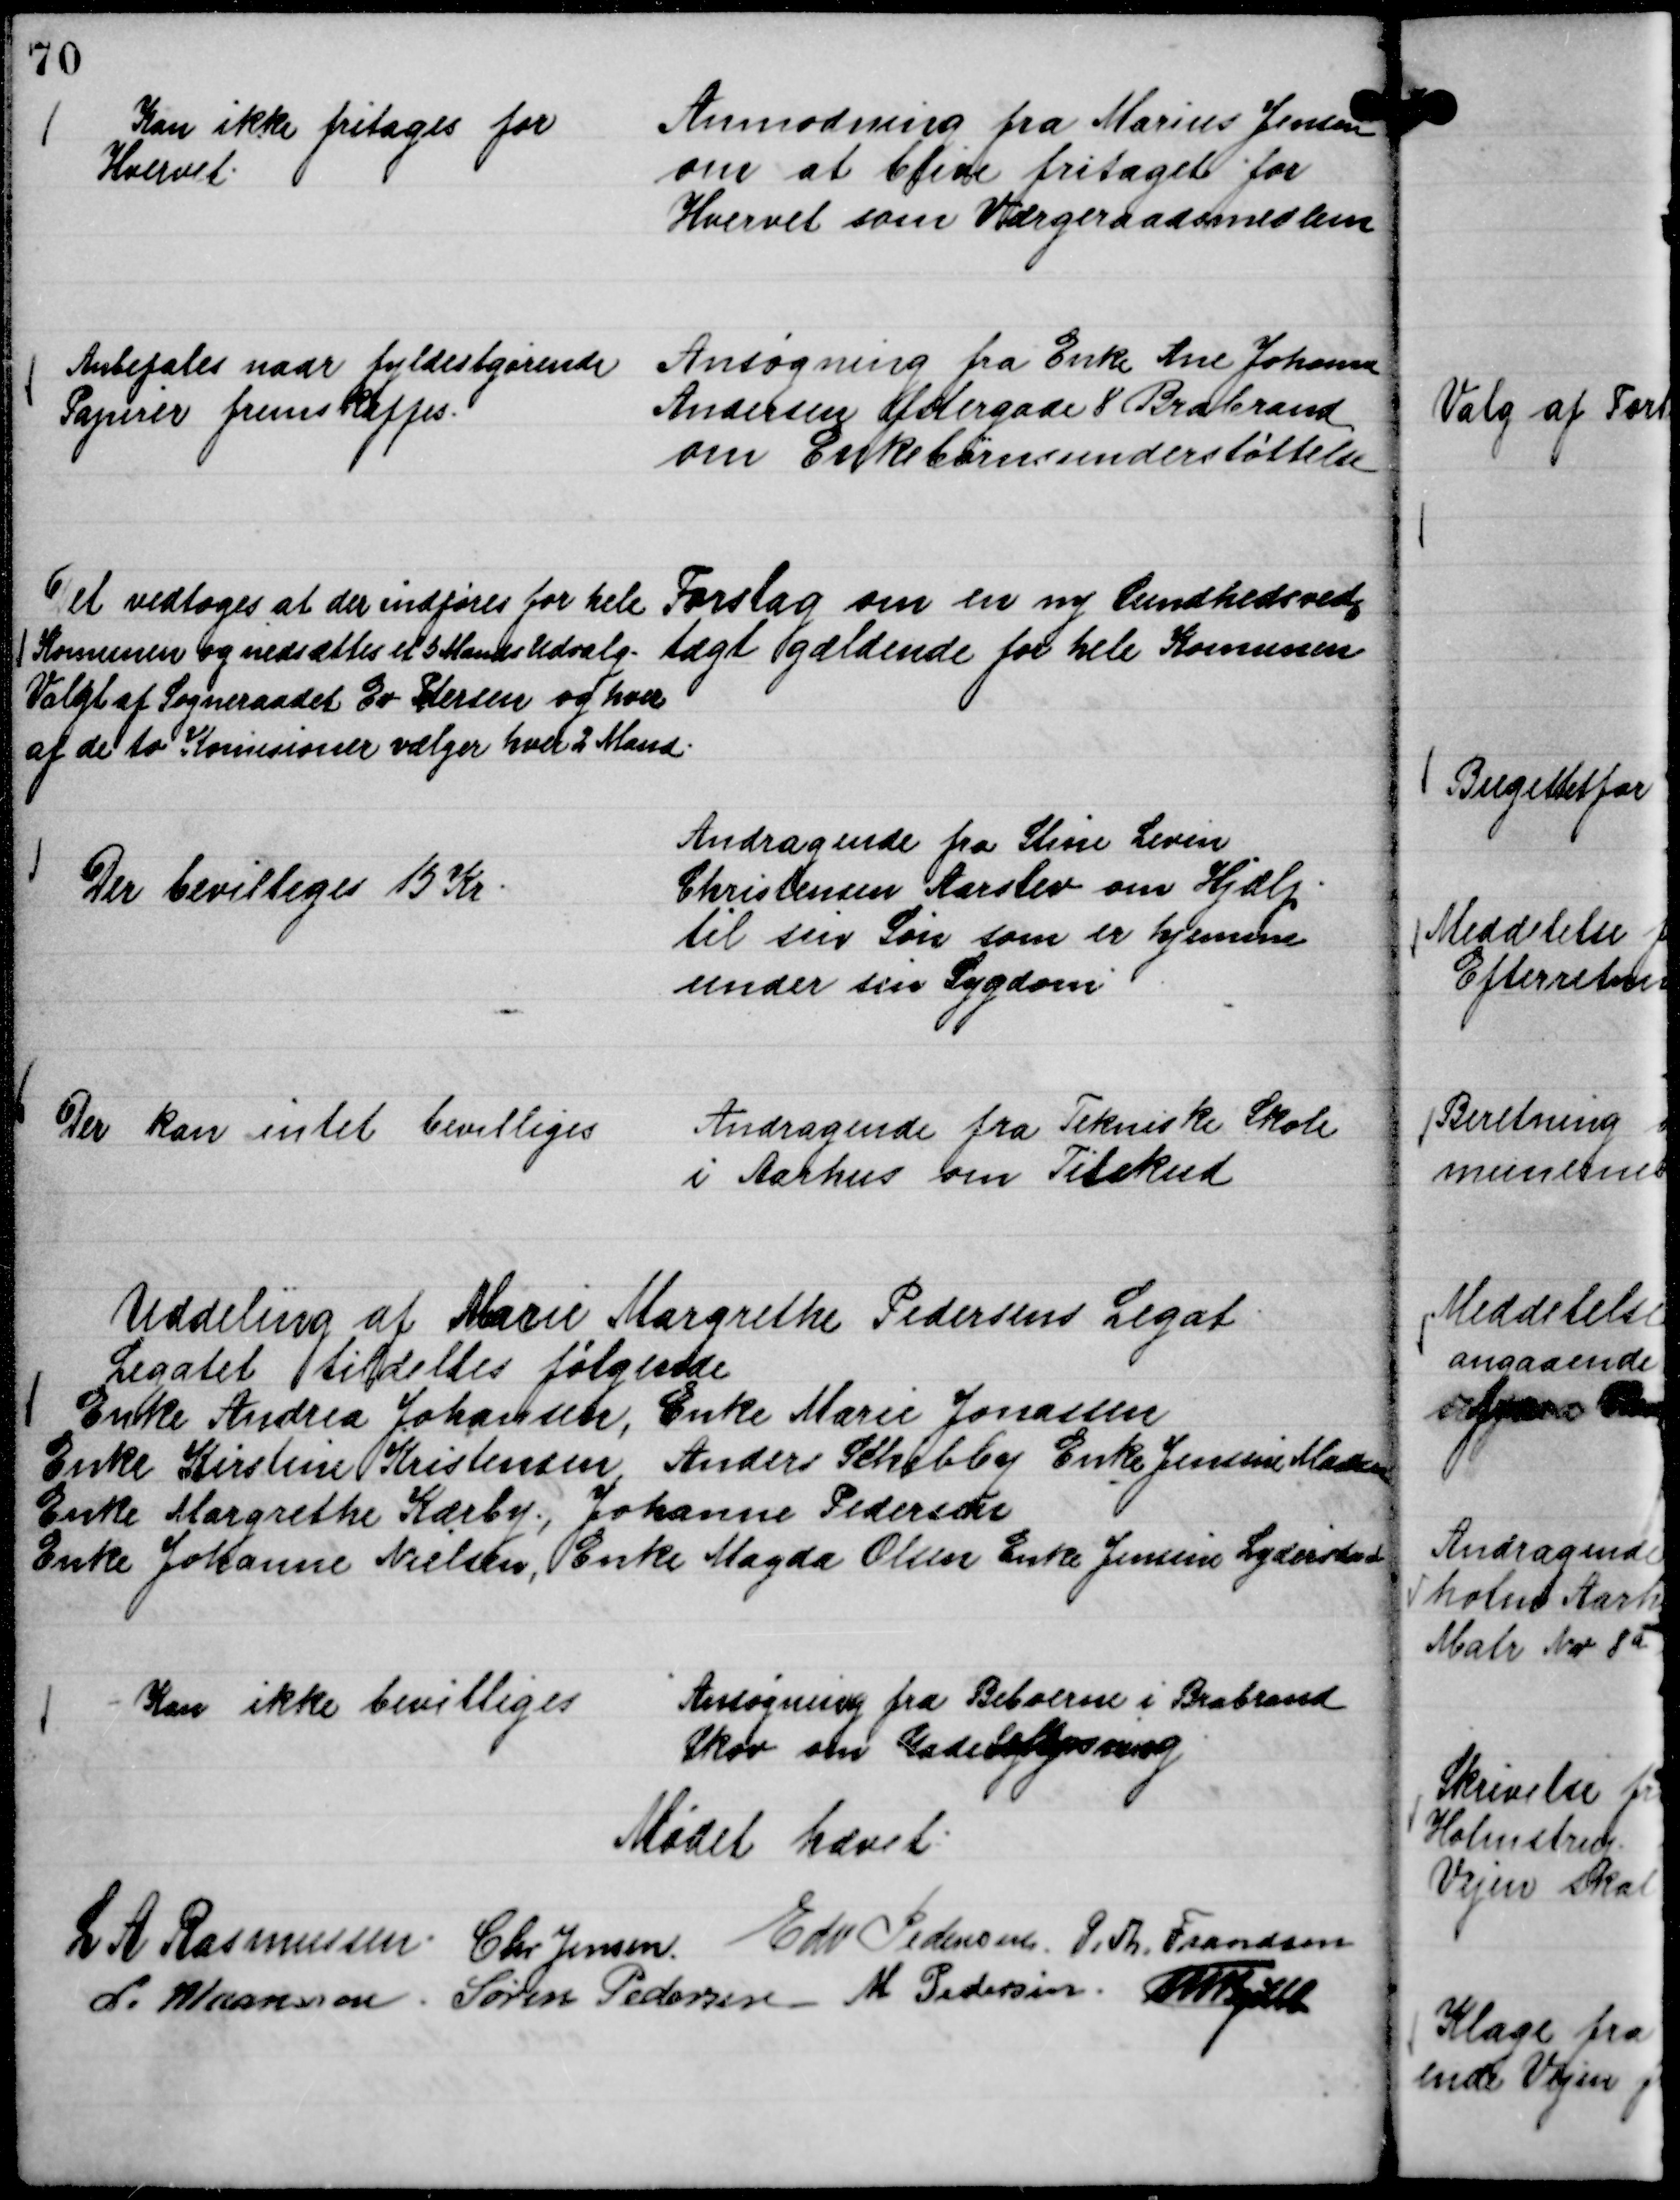
Transskription:
Anmodning fra Marius Jensen
om at blive fritaget for
Hvervet som Værgeraadsmedlem

Kan ikke fritages for
Hvervet.

Ansøgning fra Enke Ane Johanne
Andersen Østergade 8 Brabrand
om Enkebørnsunderstøttelse

Anbefales naar fyldestgørende
Papirer fremskaffes.

Forslag om en ny Sundhedsved,,
tægt gældende for hele Komunen

Det vedtoges at der indføres for hele
Komunen og nedsættes et 5 Mands Udvalg.
Valgt af Sogneraadet Ev Pedersen og hver
af de to Komissioner vælger hver 2 Mand.

Andragende fra Stine Levin
Christensen Aarslev om Hjælp
til sin Søn som er hjemme
under sin Sygdom

Der bevilliges 15 Kr.

Andragende fra Teknisk Skole
i Aarhus om Tilskud

Der kan intet bevilliges

Uddeling af Marie Margrethe Pedersens Legat
Legatet tildeltes følgende
Enke Andrea Johansen, Enke Marie Jonassen
Enke Kirstine Kristensen, Anders Schibby Enke Jensine Madsen
Enke Margrethe Kærby, Johanne Pedersen
Enke Johanne Nielsen, Enke Magda Olsen Enke Jensine Lydersen

Ansøgning fra Beboerne i Brabrand
Skov om Gadebelysning

Kan ikke bevilliges

Mødet hævet.
L A Rasmussen.
Chr Jensen.
Edv Pedersen
P. Th. Frandsen
L. Maansson.
Søren Pedersen
M Pedersen.
Th Bjelke